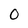
Character: 0